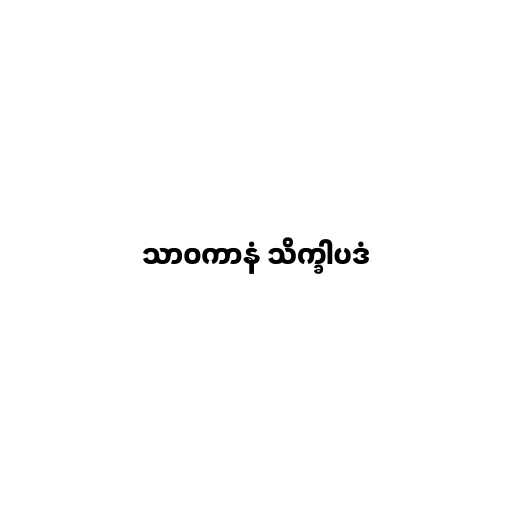
သာဝကာနံ သိက္ခါပဒံ